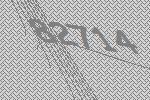
82714